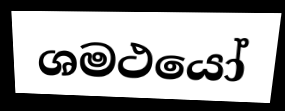
ශමථයෝ